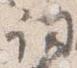
詞